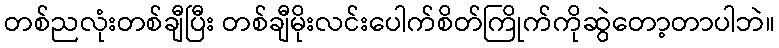
တစ်ညလုံးတစ်ချီပြီး တစ်ချီမိုးလင်းပေါက်စိတ်ကြိုက်ကိုဆွဲတော့တာပါဘဲ။